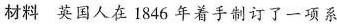
材料英国人在1846年着手制订了一项系